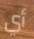
أي